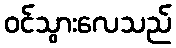
ဝင်သွားလေသည်